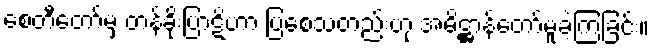
စေတီတော်မှ တန်ခိုးပြာဋိဟာ ပြစေသတည်းဟု အဓိဋ္ဌာန်တော်မူခဲ့ကြခြင်း။